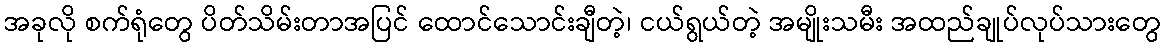
အခုလို စက်ရုံတွေ ပိတ်သိမ်းတာအပြင် ထောင်သောင်းချီတဲ့၊ ငယ်ရွယ်တဲ့ အမျိုးသမီး အထည်ချုပ်လုပ်သားတွေ